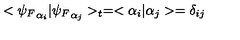
< { \psi _ { F } } _ { \alpha _ { i } } | { \psi _ { F } } _ { \alpha _ { j } } > _ { t } = < \alpha _ { i } | \alpha _ { j } > = \delta _ { i j }